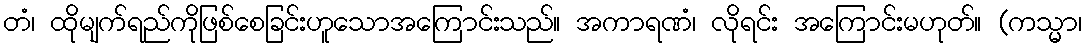
တံ၊ ထိုမျက်ရည်ကိုဖြစ်စေခြင်းဟူသောအကြောင်းသည်။ အကာရဏံ၊ လိုရင်း အကြောင်းမဟုတ်။ (ကသ္မာ၊